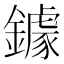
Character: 鐻